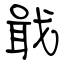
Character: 戢